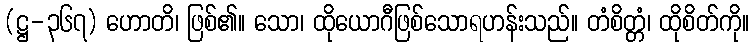
(ဋ္ဌ-၃၆၇) ဟောတိ၊ ဖြစ်၏။ သော၊ ထိုယောဂီဖြစ်သောရဟန်းသည်။ တံစိတ္တံ၊ ထိုစိတ်ကို။